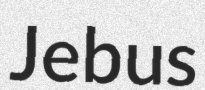
Jebus